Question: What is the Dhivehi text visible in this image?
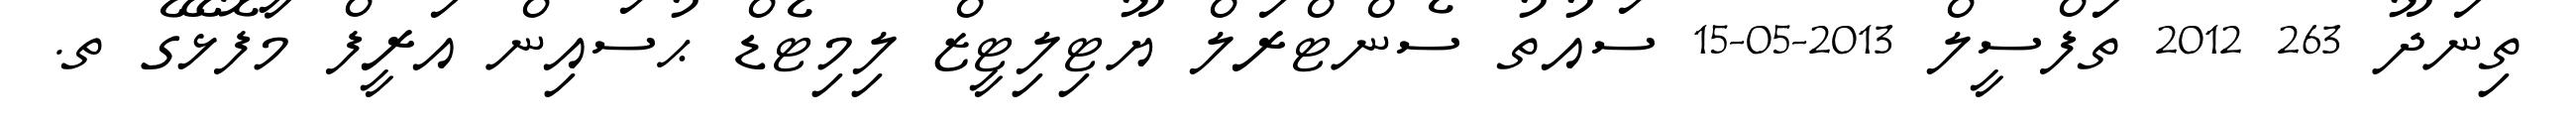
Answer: ތިނަދޫ 263 2012 ތަފްސީލް 2013-05-15 ސައުތު ސެންޓްރަލް ޔޫޓިލިޓީޒް ލިމިޓެޑް ޙުސައިން އަރީފް މާފޮޅޭގެ ތ.